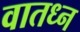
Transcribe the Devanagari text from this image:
वातध्न